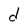
Character: d